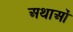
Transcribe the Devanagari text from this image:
अथाओं